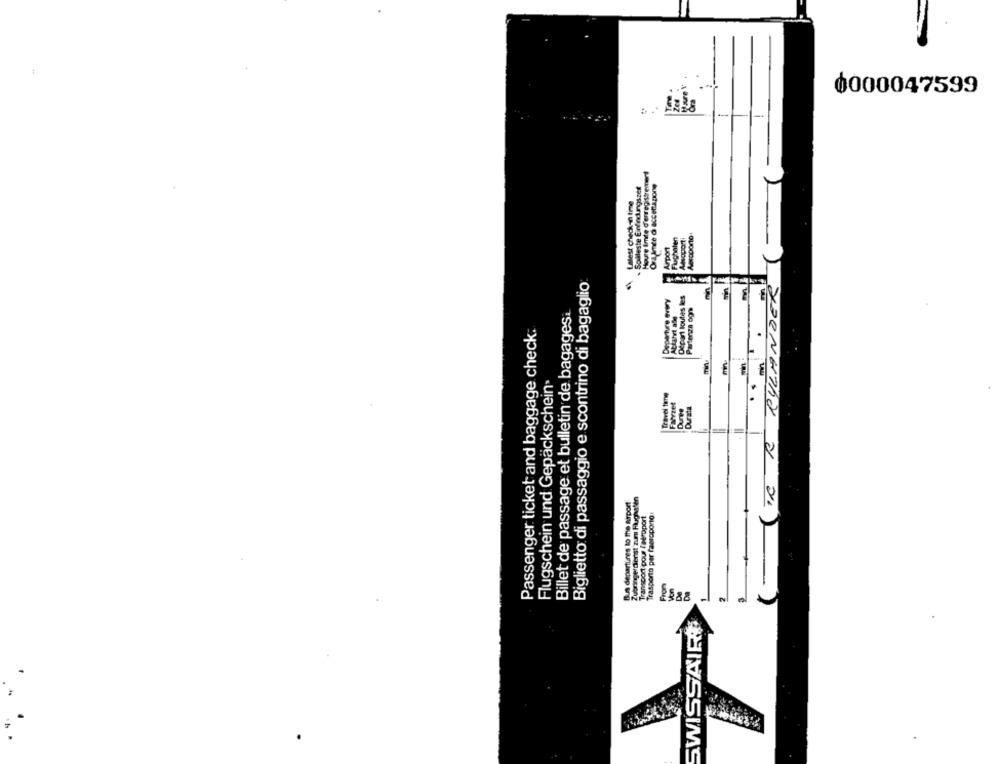
0000047599
Hore Imte d'enregistrement
Solleste Einfindungszer
Ora ince O accettazione
Latest check-in time
Acsoporto
Arport
Biglietto di passaggio e scontrino di bagaglio
DER RYLANDER
Depant toutes les
Billet de passage et bulletin de bagages.
Partenza og
Atlatet ale
Passenger ticket and baggage check:
.
Flugschein und Gepäckschein>
Travel tene
Faerzet
Durata
ZubringerDienst zum Flughafen
Bus departures to the airport
Transport pour l'aéroport
Trasporto per faeroporto
2888
SWISSAIR